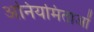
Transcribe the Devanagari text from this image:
अनियमिताओं